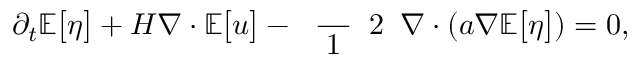
\partial _ { t } \mathbb { E } \big [ \eta \big ] + H \boldsymbol { \nabla } \boldsymbol { \cdot } \mathbb { E } \big [ \boldsymbol { u } \big ] - \mathrm { ~ \scriptsize ~ \frac ~ { ~ 1 ~ } ~ { ~ 2 ~ } ~ } \boldsymbol { \nabla } \boldsymbol { \cdot } ( \boldsymbol { a } \boldsymbol { \nabla } \mathbb { E } \big [ \eta \big ] ) = 0 ,